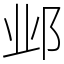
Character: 邺